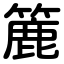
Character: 簏